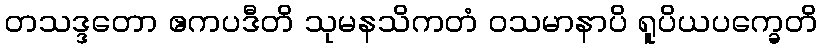
တသဒ္ဒတော ဧကပဒီတိ သုမနသိကတံ ဝသမာနာပိ ရူပိယပက္ခေတိ